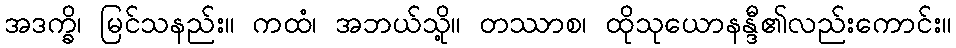
အဒက္ခိ၊ မြင်သနည်း။ ကထံ၊ အဘယ်သို့။ တဿာစ၊ ထိုသုယောနန္ဒီ၏လည်းကောင်း။